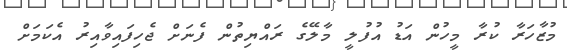
މުޒާހަރާ ކުރާ މީހުން އަޑު އުފުލީ މާލޭގެ ރައްޔިތުން ފެނަށް ޖެހިފައިވާއިރު އެކަމަށް